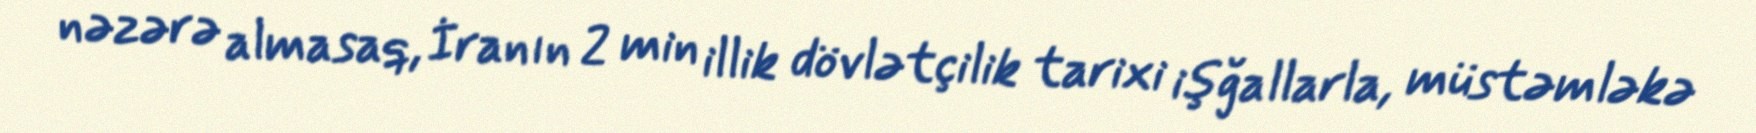
nəzərə almasaq, İranın 2 min illik dövlətçilik tarixi işğallarla, müstəmləkə